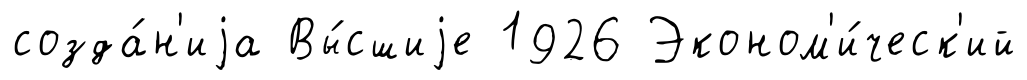
созда́н'иjа Вы́сшиjе 1926 Эконом'и́ческ'ий